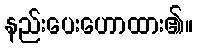
နည်းပေးဟောထား၏။